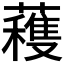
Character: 𮒗